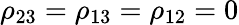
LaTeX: \rho_{23}=\rho_{13}=\rho_{12}=0